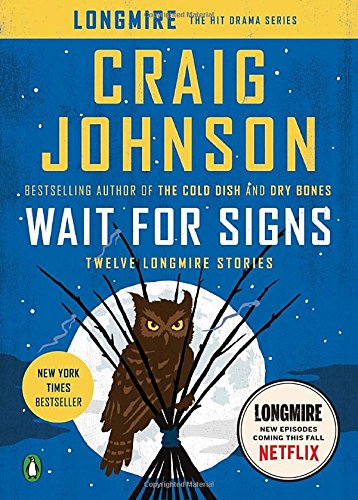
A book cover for Wait for Signs: Twelve Longmire Stories; Craig Johnson; Literature & Fiction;